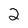
Character: 2